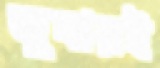
জুমারই